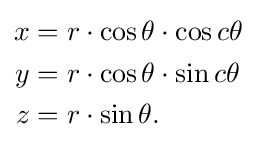
{\begin{aligned}x&=r\cdot \cos \theta \cdot \cos c\theta \\y&=r\cdot \cos \theta \cdot \sin c\theta \\z&=r\cdot \sin \theta .\end{aligned}}